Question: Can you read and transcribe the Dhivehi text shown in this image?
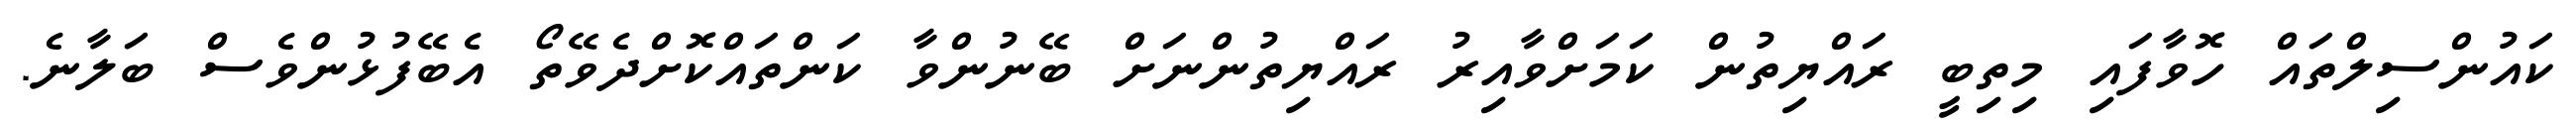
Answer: ކައުންސިލްތައް ހޮވާފައި މިތިބީ ރައްޔިތުން ކަމަށްވާއިރު ރައްޔިތުންނަށް ބޭނުންވާ ކަންތައްކޮށްދެވޭތޯ އެބޭފުޅުންވެސް ބަލާނެ.